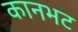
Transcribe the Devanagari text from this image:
कानभट